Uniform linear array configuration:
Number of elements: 4
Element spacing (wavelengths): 1
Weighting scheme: kaiser
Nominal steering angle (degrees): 45
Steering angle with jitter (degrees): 46.964
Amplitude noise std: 0.05
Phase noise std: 0.05

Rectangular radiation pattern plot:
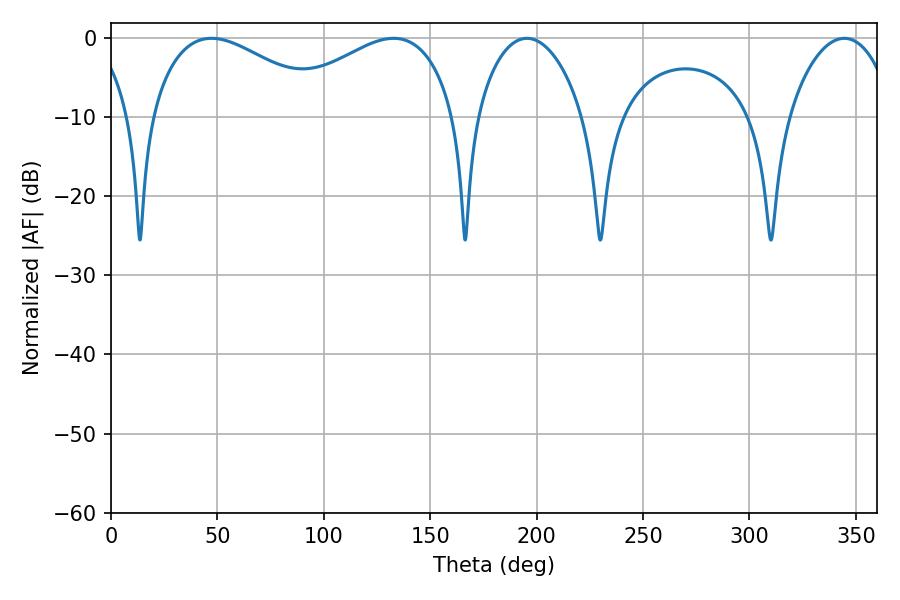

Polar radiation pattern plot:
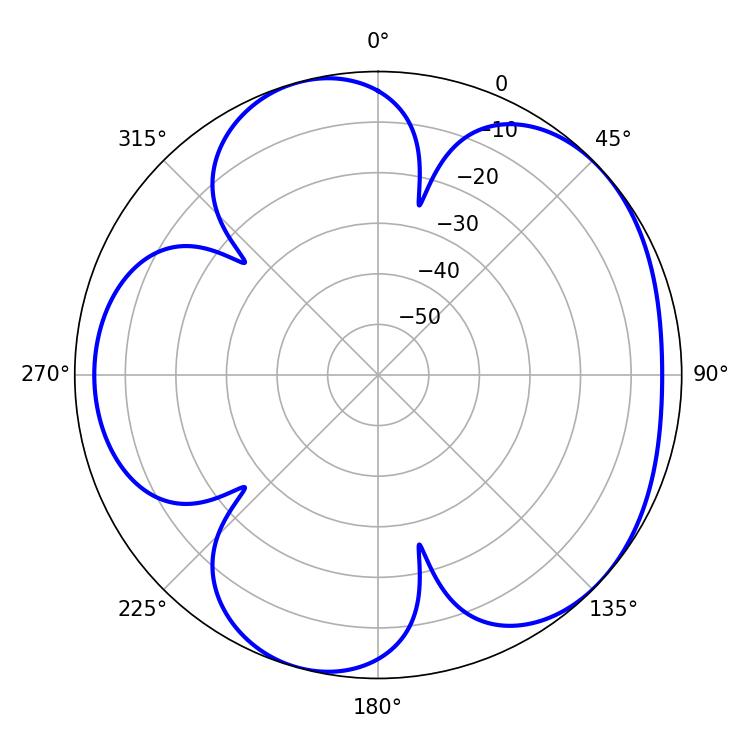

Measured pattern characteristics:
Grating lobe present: TRUE
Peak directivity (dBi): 4.836
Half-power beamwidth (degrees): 46.26
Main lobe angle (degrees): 47.16